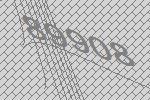
89908